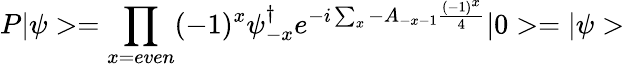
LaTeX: P|\psi>=\prod_{x=even}(-1)^{x}\psi_{-x}^{\dagger}e^{-i\sum_{x}-A_{-x-1}\frac{(-1)^{x}}{4}}|0>=|\psi>